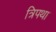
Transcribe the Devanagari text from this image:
त्रिपथा